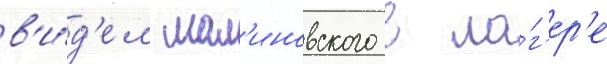
в'и́д'ел мал'иновского в ла́г'ер'е